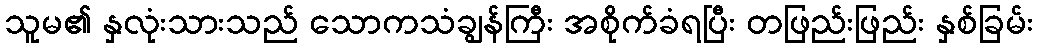
သူမ၏ နှလုံးသားသည် သောကသံချွန်ကြီး အစိုက်ခံရပြီး တဖြည်းဖြည်း နှစ်ခြမ်း